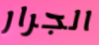
الجرار